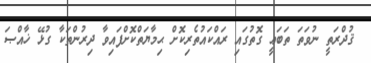
_ ޤުދްރަތީ ނުވަތަ ތަބަޢީ ގޮތުގައި ރައްކައުތެރިކޮށް ޙިމާޔަތްކޮށްފައިވާ ދިރުންތަކާ ގުޅޭ ޚާއްޞަ